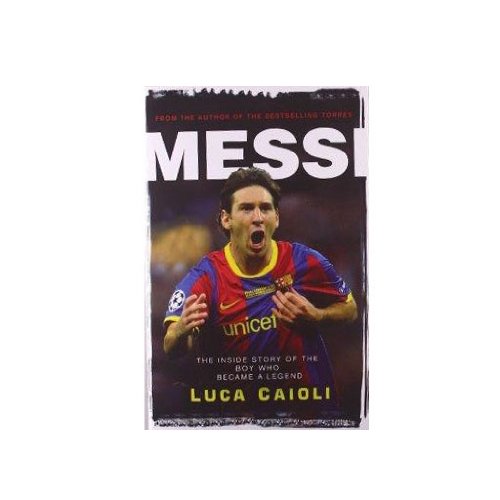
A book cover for Messi: The Inside story of the Boy Who Became a Legend; Luca Caioli; Biographies & Memoirs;